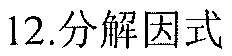
12.分解因式